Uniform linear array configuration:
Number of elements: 32
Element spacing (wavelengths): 1
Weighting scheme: cosine
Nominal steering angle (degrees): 15
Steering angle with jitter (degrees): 14.624
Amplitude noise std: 0.05
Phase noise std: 0.05

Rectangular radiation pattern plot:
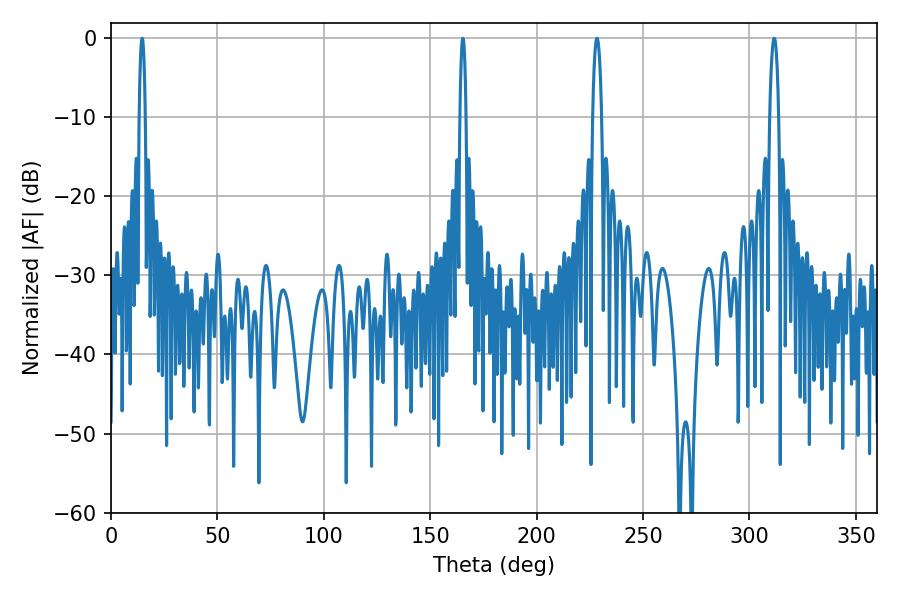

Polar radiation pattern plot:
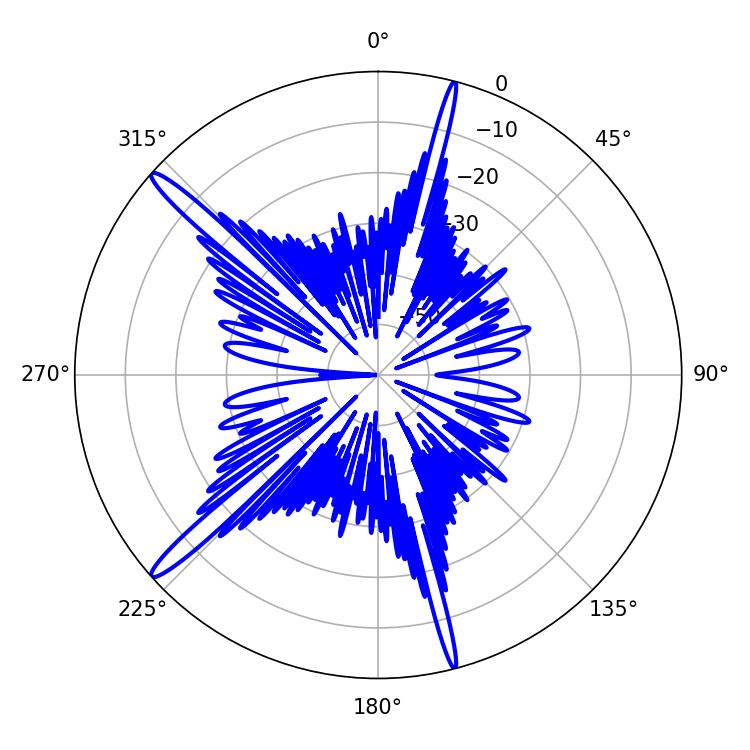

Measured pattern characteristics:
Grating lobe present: TRUE
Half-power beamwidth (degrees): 2.34
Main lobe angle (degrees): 311.58